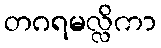
တဂရမလ္လိကာ